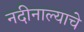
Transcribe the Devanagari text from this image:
नदीनाल्याचे